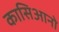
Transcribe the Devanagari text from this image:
कासिआनो